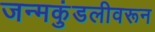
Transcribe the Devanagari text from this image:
जन्मकुंडलीवरून